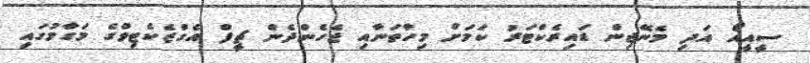
ސީއީއޯ އަދި މެނޭޖިން ޑައިރެކްޓަރު ކަމަށް މިހާތަނާއި ޖެހެންދެން ޗީފް އެގްޒެކެޓިވްގެ މަގާމުގައި